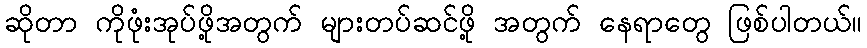
ဆိုတာ ကိုဖုံးအုပ်ဖို့အတွက် များတပ်ဆင်ဖို့ အတွက် နေရာတွေ ဖြစ်ပါတယ်။